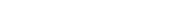
٣٦